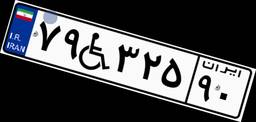
۷۹W۳۲۵۹۰